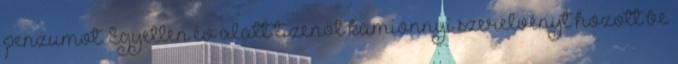
penzumot. Egyetlen év alatt tizenöt kamionnyi szerelvényt hozott be